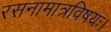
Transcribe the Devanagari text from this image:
रसनामात्रविषयः।